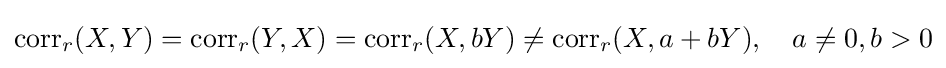
\operatorname {corr} _{r}(X,Y)=\operatorname {corr} _{r}(Y,X)=\operatorname {corr} _{r}(X,bY)\neq \operatorname {corr} _{r}(X,a+bY),\quad a\neq 0,b>0